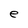
Character: e